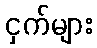
ငှက်များ